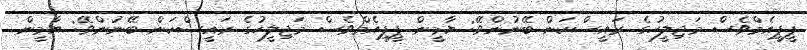
ޕީޕީއެމްވެސް މަޖިލީހުގެ ރައީސްކަން ބޭނުންވޭ: ޔާމީން ޕީޕީއެމްވެސް މަޖިލީހުގެ ރައީސްކަން ބޭނުންވޭ: ޔާމީން